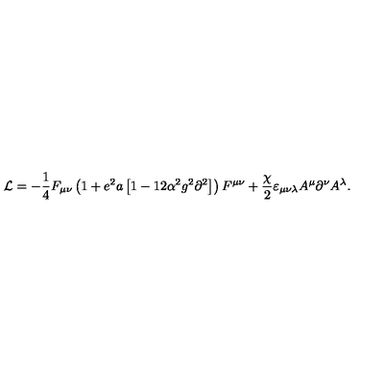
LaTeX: { \cal L } = - \frac { 1 } { 4 } F _ { \mu \nu } \left( { 1 + e ^ { 2 } a \left[ { 1 - 1 2 \alpha ^ { 2 } g ^ { 2 } \partial ^ { 2 } } \right] } \right) F ^ { \mu \nu } + \frac { \chi } { 2 } \varepsilon _ { \mu \nu \lambda } A ^ { \mu } \partial ^ { \nu } A ^ { \lambda } .